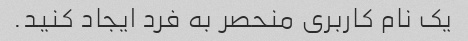
یک نام کاربری منحصر به فرد ایجاد کنید.